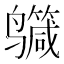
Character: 𪉕